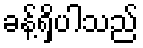
ခန့်ရှိပါသည်